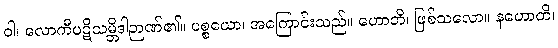
ဝါ၊ လောကီပဋိသမ္ဘိဒါဉာဏ်၏။ ပစ္စယော၊ အကြောင်းသည်။ ဟောတိ၊ ဖြစ်သလော။ နဟောတိ၊